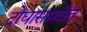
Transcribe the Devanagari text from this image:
दोघांसमवेत